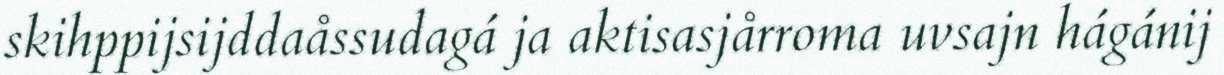
skihppijsijddaåssudagá ja aktisasjårroma uvsajn hágánij